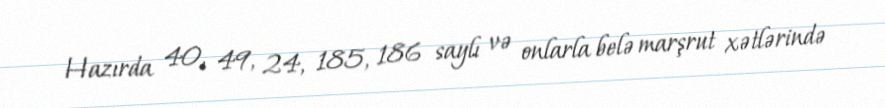
Hazırda 40, 49, 24, 185, 186 saylı və onlarla belə marşrut xətlərində